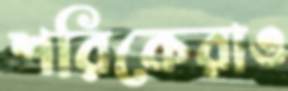
শরিকেরাও